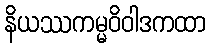
နိယဿကမ္မဝိဝါဒကထာ